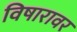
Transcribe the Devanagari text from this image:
विषारावर